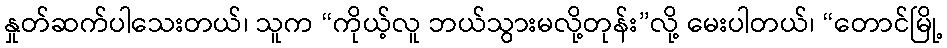
နှုတ်ဆက်ပါသေးတယ်၊ သူက “ကိုယ့်လူ ဘယ်သွားမလို့တုန်း”လို့ မေးပါတယ်၊ “တောင်မြို့